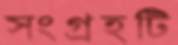
সংগ্রহটি